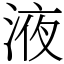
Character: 液